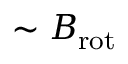
\sim B _ { \mathrm { r o t } }